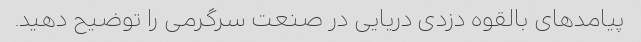
پیامدهای بالقوه دزدی دریایی در صنعت سرگرمی را توضیح دهید.